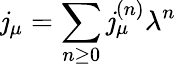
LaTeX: \mathit{j}_{\mu}=\sum_{n\ge0}\mathit{j}_{\mu}^{(n)}\lambda^{n}